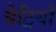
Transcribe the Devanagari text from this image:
बैट्रियाँ